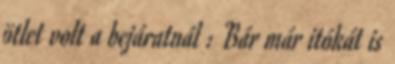
ötlet volt a bejáratnál : Bár már itókát is